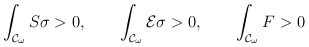
\begin{align*}\int_{{\cal{C}}_{\omega}}{S\sigma}>0, \qquad \int_{{\cal{C}}_{\omega}}{{\cal{E}}\sigma}>0, \qquad \int_{{\cal{C}}_{\omega}}{F}>0\end{align*}